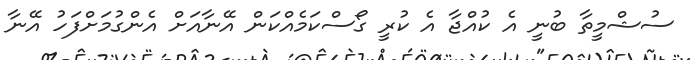
ސުޝްމީތާ ބުނީ އެ ކުއްޖާ އެ ކުރީ ގޯސްކަމެއްކަން އޭނާއަށް އެންގުމަށްފަހު އޭނާ